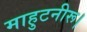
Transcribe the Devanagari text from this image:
माहुटनीरू।